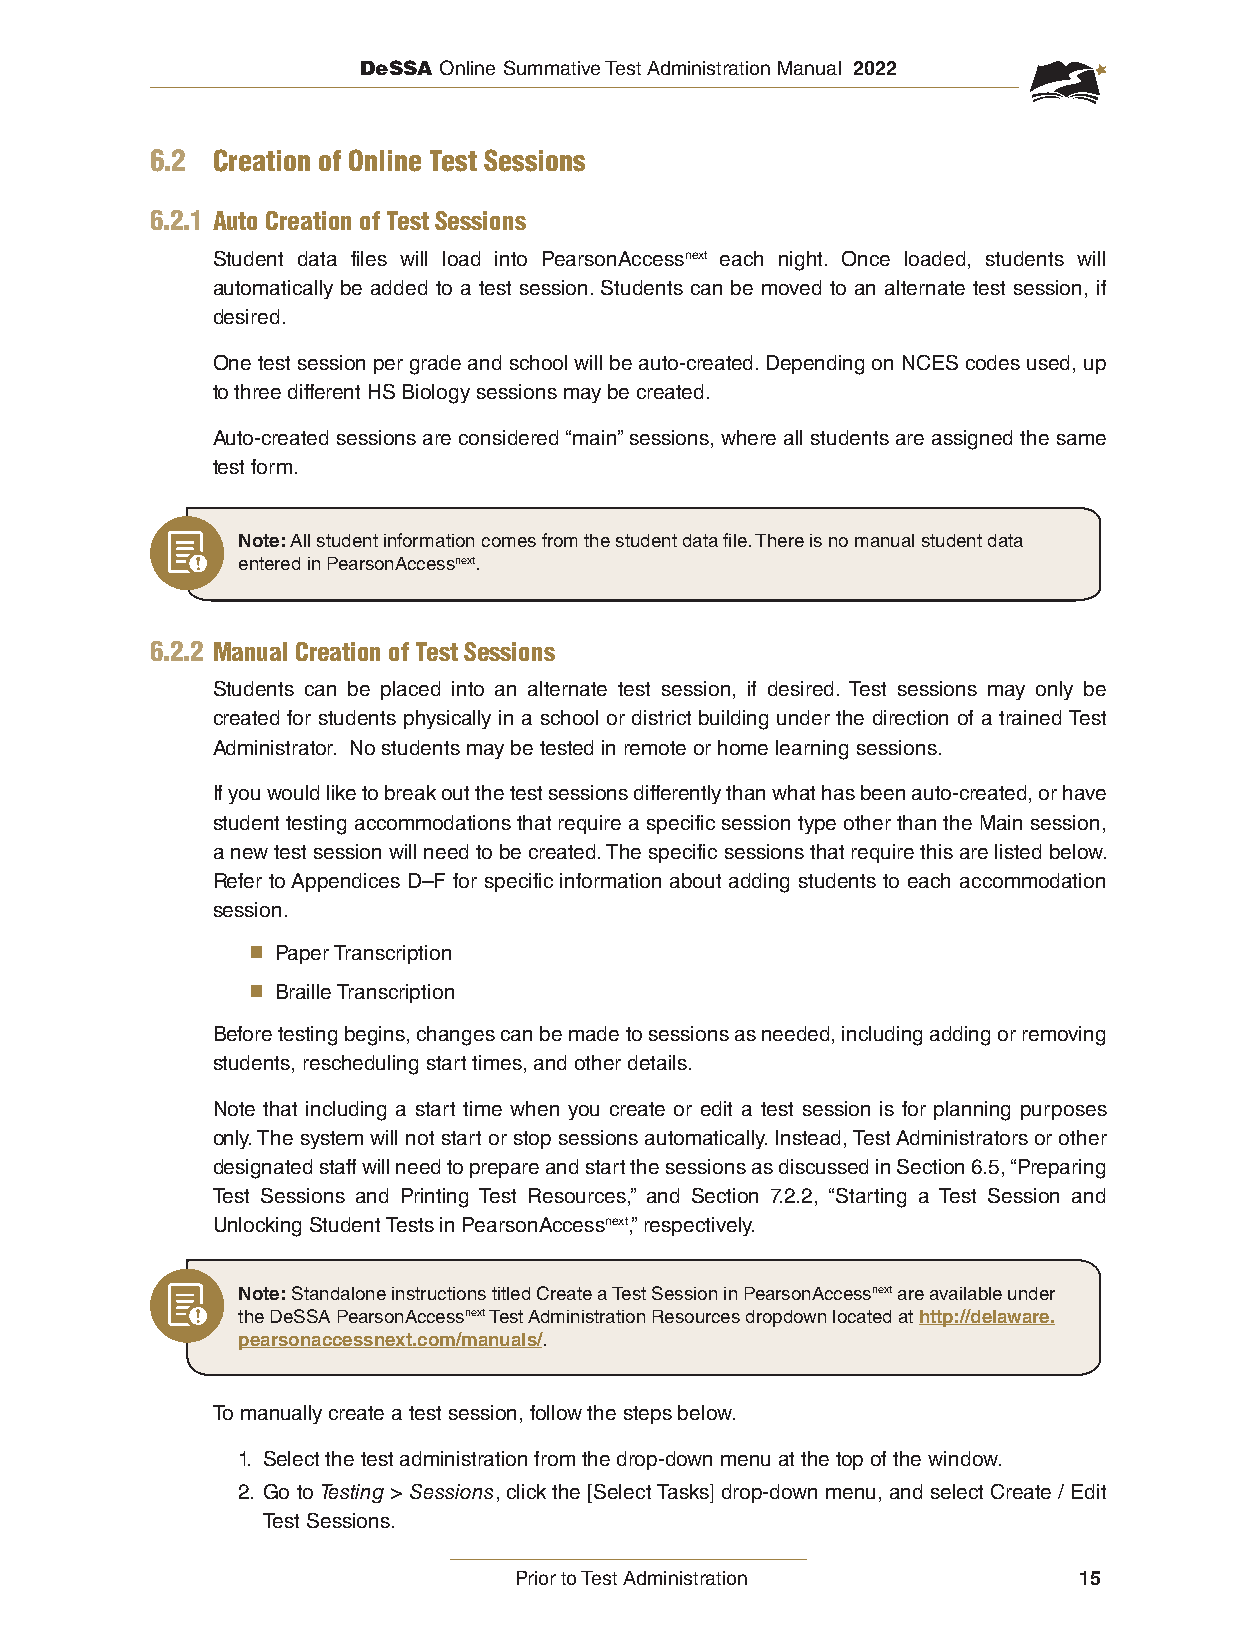
DeSSA Online Summative Test Administration Manual 2022
 6.2 Creation of Online Test Sessions
 6.2.1 Auto Creation of Test Sessions
 Student data files will load into PearsonAccessnext each night. Once loaded, students will
 automatically be added to a test session. Students can be moved to an alternate test session, if
 desired.
 One test session per grade and school will be auto-created. Depending on NCES codes used, up
 to three different HS Biology sessions may be created.
 Auto-created sessions are considered “main” sessions, where all students are assigned the same
 test form.
 Note: All student information comes from the student data file. There is no manual student data
 entered in PearsonAccessnext.
 6.2.2 Manual Creation of Test Sessions
 Students can be placed into an alternate test session, if desired. Test sessions may only be
 created for students physically in a school or district building under the direction of a trained Test
 Administrator. No students may be tested in remote or home learning sessions.
 If you would like to break out the test sessions differently than what has been auto-created, or have
 student testing accommodations that require a specific session type other than the Main session,
 a new test session will need to be created. The specific sessions that require this are listed below.
 Refer to Appendices D–F for specific information about adding students to each accommodation
 session.
 ■ Paper Transcription
 ■ Braille Transcription
 Before testing begins, changes can be made to sessions as needed, including adding or removing
 students, rescheduling start times, and other details.
 Note that including a start time when you create or edit a test session is for planning purposes
 only. The system will not start or stop sessions automatically. Instead, Test Administrators or other
 designated staff will need to prepare and start the sessions as discussed in Section 6.5, “Preparing
 Test Sessions and Printing Test Resources,” and Section 7.2.2, “Starting a Test Session and
 Unlocking Student Tests in PearsonAccessnext,” respectively.
 Note: Standalone instructions titled Create a Test Session in PearsonAccessnext are available under
 the DeSSA PearsonAccessnext Test Administration Resources dropdown located at http://delaware.
 pearsonaccessnext.com/manuals/.
 To manually create a test session, follow the steps below.
 1. Select the test administration from the drop-down menu at the top of the window.
 2. Go to Testing > Sessions, click the [Select Tasks] drop-down menu, and select Create / Edit
 Test Sessions.
 Prior to Test Administration         15